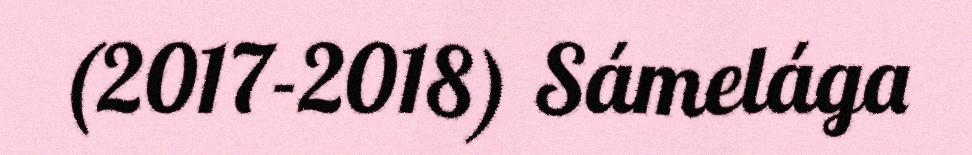
(2017-2018) Sámelága